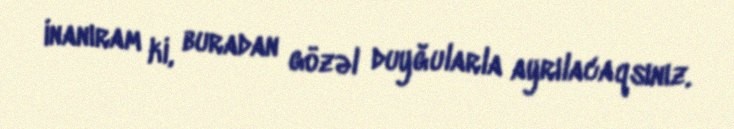
inanıram ki, buradan gözəl duyğularla ayrılacaqsınız.